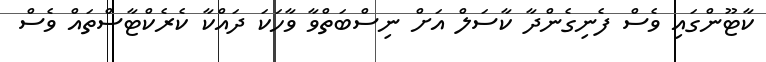
ކާޓޫންގައި ވެސް ފެނިގެންދާ ކާސަލް އަށް ނިސްބަތްވާ ވާހަކަ ދައްކާ ކެރެކްޓާސްތައް ވެސް